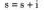
$$s = s + i$$